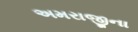
અમરાજીના